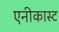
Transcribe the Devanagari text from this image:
एनीकास्ट